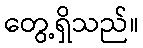
တွေ့ရှိသည်။